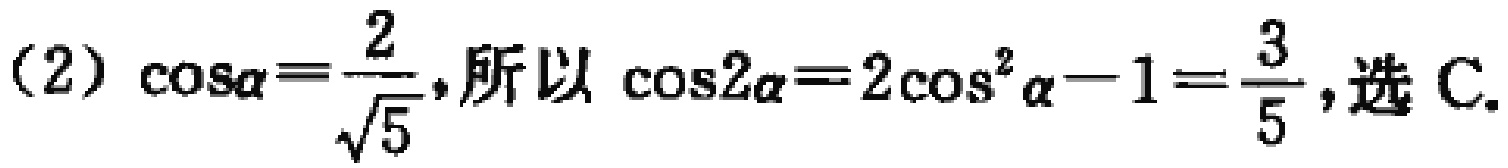
(2) $\cos\alpha=\frac{2}{\sqrt{5}}$,所以 $\cos2\alpha=2\cos^{2}\alpha - 1=\frac{3}{5}$,选 C.